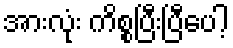
အားလုံး ကိစ္စပြီးပြီပေါ့